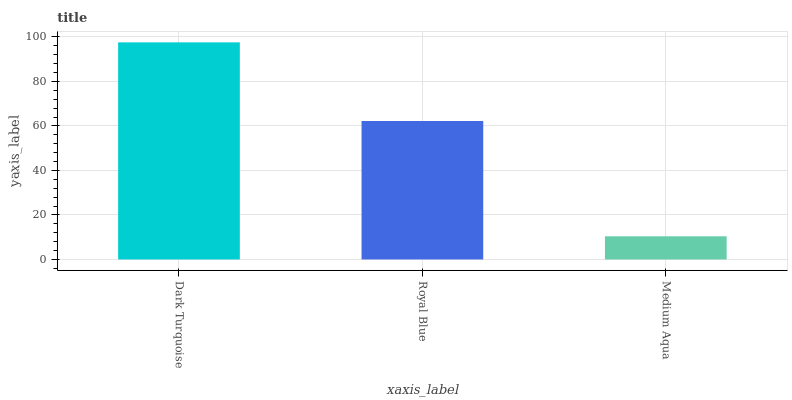
| xaxis_label | bars |
 | --- | --- |
 | Dark Turquoise | 97.6 |
 | Royal Blue | 62.2 |
 | Medium Aqua | 10.4 |